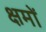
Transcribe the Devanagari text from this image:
क्षमों